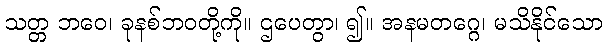
သတ္တ ဘဝေ၊ ခုနစ်ဘဝတို့ကို။ ဌပေတွာ၊ ၍။ အနမတဂ္ဂေ၊ မသိနိုင်သော